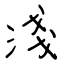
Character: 淺